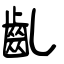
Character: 齓